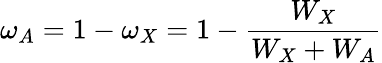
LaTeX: \omega_{A}=1-\omega_{X}=1-{\frac{W_{X}}{W_{X}+W_{A}}}